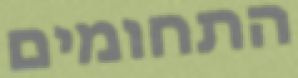
התחומים